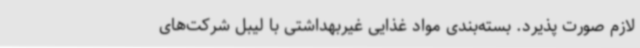
لازم صورت پذیرد. بسته‌بندی مواد غذایی غیربهداشتی با لیبل شرکت‌های